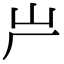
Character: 屵